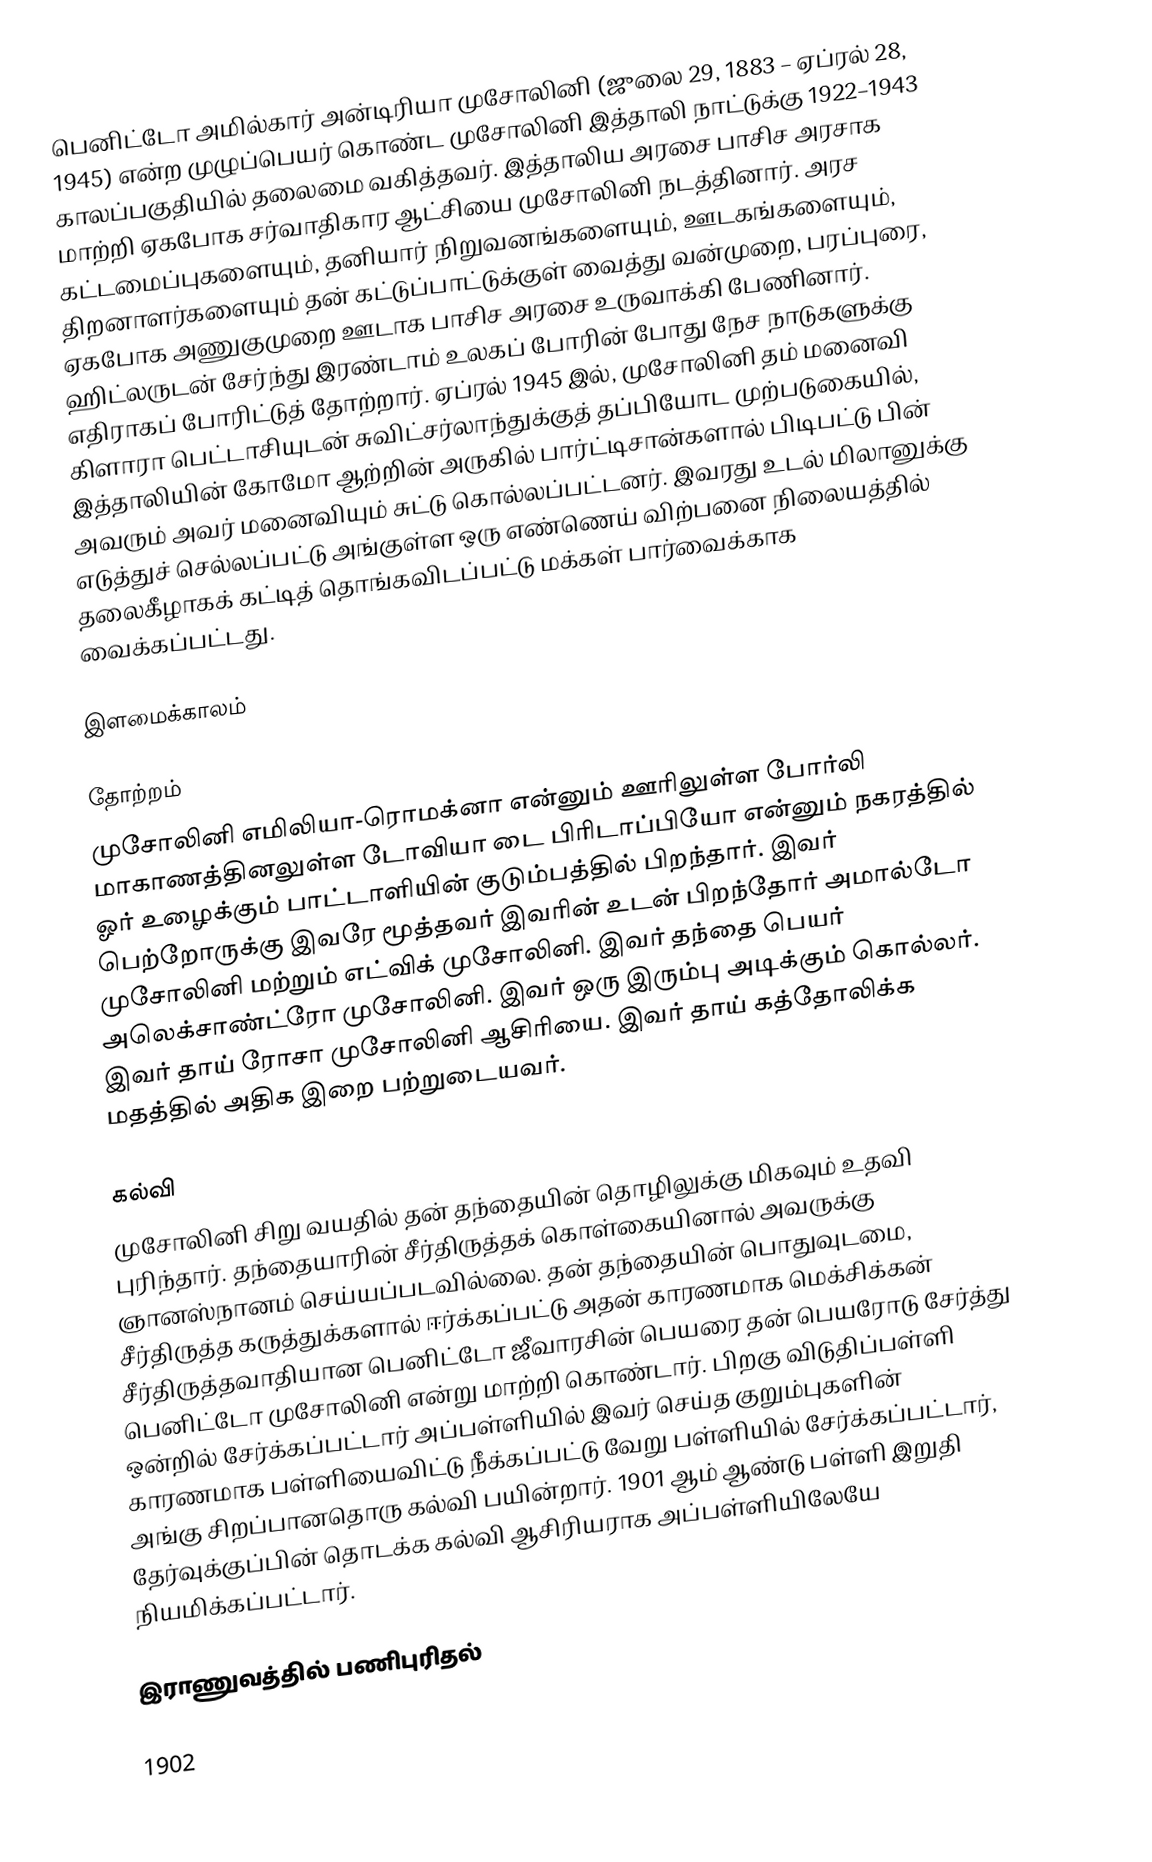
பெனிட்டோ அமில்கார் அன்டிரியா முசோலினி (ஜுலை 29, 1883 – ஏப்ரல் 28, 1945) என்ற முழுப்பெயர் கொண்ட முசோலினி இத்தாலி நாட்டுக்கு 1922–1943 காலப்பகுதியில் தலைமை வகித்தவர். இத்தாலிய அரசை பாசிச அரசாக மாற்றி ஏகபோக சர்வாதிகார ஆட்சியை முசோலினி நடத்தினார். அரச கட்டமைப்புகளையும், தனியார் நிறுவனங்களையும், ஊடகங்களையும், திறனாளர்களையும் தன் கட்டுப்பாட்டுக்குள் வைத்து வன்முறை, பரப்புரை, ஏகபோக அணுகுமுறை ஊடாக பாசிச அரசை உருவாக்கி பேணினார்.  ஹிட்லருடன் சேர்ந்து இரண்டாம் உலகப் போரின் போது நேச நாடுகளுக்கு எதிராகப் போரிட்டுத் தோற்றார். ஏப்ரல் 1945 இல், முசோலினி தம் மனைவி கிளாரா பெட்டாசியுடன் சுவிட்சர்லாந்துக்குத் தப்பியோட முற்படுகையில், இத்தாலியின் கோமோ ஆற்றின் அருகில் பார்ட்டிசான்களால் பிடிபட்டு பின் அவரும் அவர் மனைவியும் சுட்டு கொல்லப்பட்டனர். இவரது உடல் மிலானுக்கு எடுத்துச் செல்லப்பட்டு அங்குள்ள ஒரு எண்ணெய் விற்பனை நிலையத்தில் தலைகீழாகக் கட்டித் தொங்கவிடப்பட்டு மக்கள் பார்வைக்காக வைக்கப்பட்டது.

இளமைக்காலம்

தோற்றம்
முசோலினி எமிலியா-ரொமக்னா என்னும் ஊரிலுள்ள போர்லி மாகாணத்தினலுள்ள டோவியா டை பிரிடாப்பியோ என்னும் நகரத்தில் ஓர் உழைக்கும் பாட்டாளியின் குடும்பத்தில் பிறந்தார். இவர் பெற்றோருக்கு இவரே மூத்தவர் இவரின் உடன் பிறந்தோர் அமால்டோ முசோலினி மற்றும் எட்விக் முசோலினி. இவர் தந்தை பெயர் அலெக்சாண்ட்ரோ முசோலினி. இவர் ஒரு இரும்பு அடிக்கும் கொல்லர். இவர் தாய் ரோசா முசோலினி ஆசிரியை. இவர் தாய் கத்தோலிக்க மதத்தில் அதிக இறை பற்றுடையவர்.

கல்வி
முசோலினி சிறு வயதில் தன் தந்தையின் தொழிலுக்கு மிகவும் உதவி புரிந்தார். தந்தையாரின் சீர்திருத்தக் கொள்கையினால் அவருக்கு ஞானஸ்நானம் செய்யப்படவில்லை. தன் தந்தையின் பொதுவுடமை, சீர்திருத்த கருத்துக்களால் ஈர்க்கப்பட்டு அதன் காரணமாக மெக்சிக்கன் சீர்திருத்தவாதியான பெனிட்டோ ஜீவாரசின் பெயரை தன் பெயரோடு சேர்த்து பெனிட்டோ முசோலினி என்று மாற்றி கொண்டார். பிறகு விடுதிப்பள்ளி ஒன்றில் சேர்க்கப்பட்டார் அப்பள்ளியில் இவர் செய்த குறும்புகளின் காரணமாக பள்ளியைவிட்டு நீக்கப்பட்டு வேறு பள்ளியில் சேர்க்கப்பட்டார், அங்கு சிறப்பானதொரு கல்வி பயின்றார். 1901 ஆம் ஆண்டு பள்ளி இறுதி தேர்வுக்குப்பின்  தொடக்க கல்வி ஆசிரியராக அப்பள்ளியிலேயே நியமிக்கப்பட்டார்.

இராணுவத்தில் பணிபுரிதல்

1902